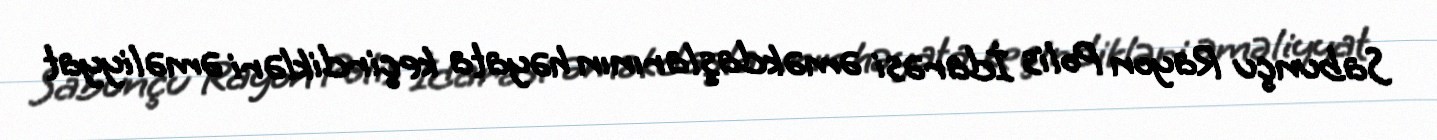
Sabunçu Rayon Polis İdarəsi əməkdaşlarının həyata keçirdikləri əməliyyat